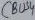
Text: CBUS4